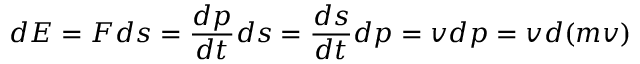
d E = F d s = { \frac { d p } { d t } } d s = { \frac { d s } { d t } } d p = v d p = v d ( m v )